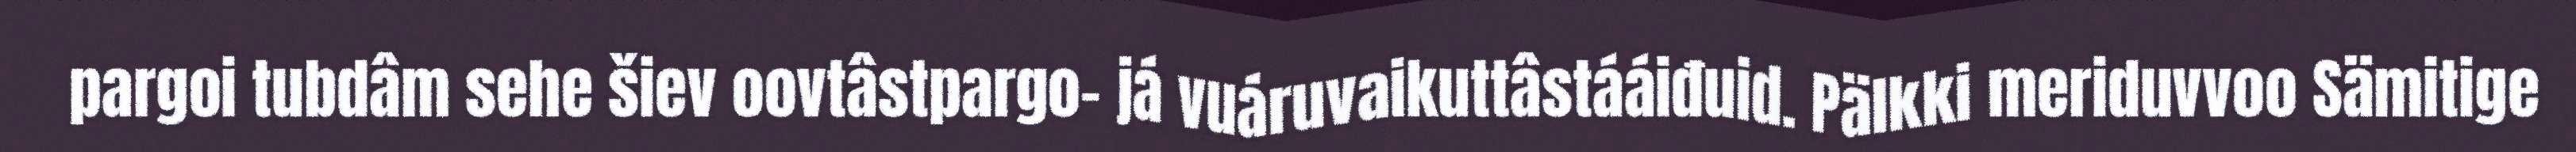
pargoi tubdâm sehe šiev oovtâstpargo- já vuáruvaikuttâstááiđuid. Pälkki meriduvvoo Sämitige